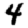
Digit: 4